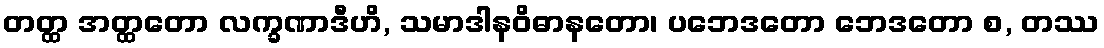
တတ္ထ အတ္ထတော လက္ခဏာဒီဟိ, သမာဒါနဝိဓာနတော၊ ပဘေဒတော ဘေဒတော စ, တဿ